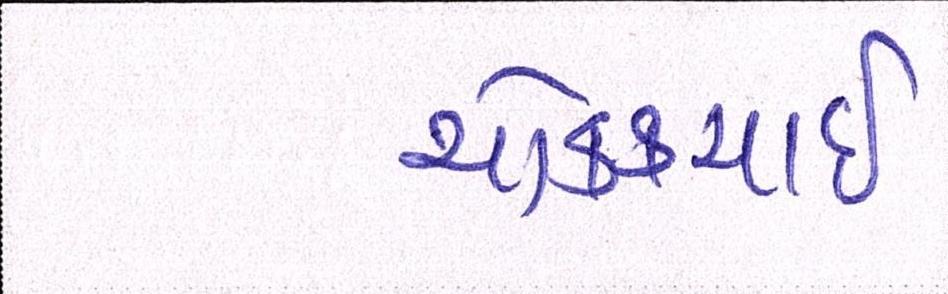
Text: ચોક્કચાઇ